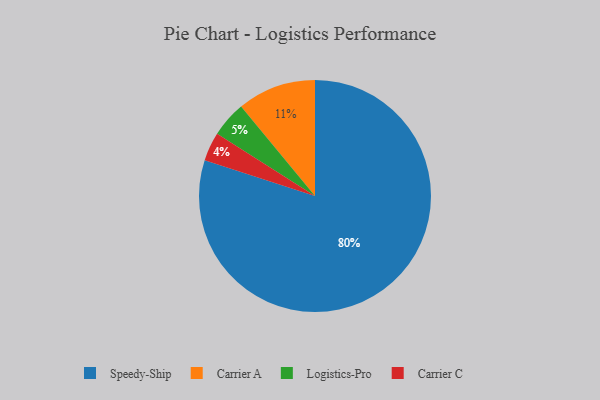
{"axis": {"x": "Category", "y": "Percentage"}, "legend": ["Carrier A", "Carrier C", "Logistics-Pro", "Speedy-Ship"], "data": [{"x": "Carrier A", "y": 11, "type": "Carrier A"}, {"x": "Carrier C", "y": 4, "type": "Carrier C"}, {"x": "Speedy-Ship", "y": 80, "type": "Speedy-Ship"}, {"x": "Logistics-Pro", "y": 5, "type": "Logistics-Pro"}]}